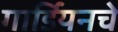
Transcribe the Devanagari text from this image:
गार्डियनचे